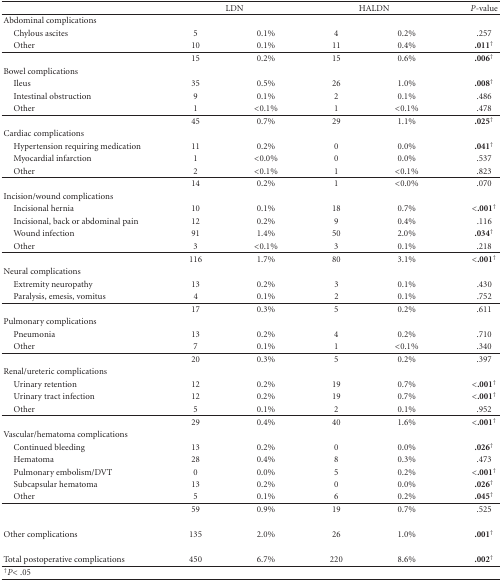
<table><thead><tr><td></td><td colspan="2"><b>LDN</b></td><td colspan="2"><b>HALDN</b></td><td><b><i>P</i>-value</b></td></tr></thead><tbody><tr><td>Abdominal complications</td><td></td><td></td><td></td><td></td><td></td></tr><tr><td> Chylous ascites</td><td>5</td><td>0.1%</td><td>4</td><td>0.2%</td><td>.257</td></tr><tr><td> Other</td><td>10</td><td>0.1%</td><td>11</td><td>0.4%</td><td><b>.011</b><sup>†</sup></td></tr><tr><td></td><td>15</td><td>0.2%</td><td>15</td><td>0.6%</td><td><b>.006</b><sup>†</sup></td></tr><tr><td>Bowel complications</td><td></td><td></td><td></td><td></td><td></td></tr><tr><td> Ileus</td><td>35</td><td>0.5%</td><td>26</td><td>1.0%</td><td><b>.008</b><sup>†</sup></td></tr><tr><td> Intestinal obstruction</td><td>9</td><td>0.1%</td><td>2</td><td>0.1%</td><td>.486</td></tr><tr><td> Other</td><td>1</td><td>&lt;0.1%</td><td>1</td><td>&lt;0.1%</td><td>.478</td></tr><tr><td></td><td>45</td><td>0.7%</td><td>29</td><td>1.1%</td><td><b>.025</b><sup>†</sup></td></tr><tr><td>Cardiac complications</td><td></td><td></td><td></td><td></td><td></td></tr><tr><td> Hypertension requiring medication</td><td>11</td><td>0.2%</td><td>0</td><td>0.0%</td><td><b>.041</b><sup>†</sup></td></tr><tr><td> Myocardial infarction</td><td>1</td><td>&lt;0.0%</td><td>0</td><td>0.0%</td><td>.537</td></tr><tr><td> Other</td><td>2</td><td>&lt;0.1%</td><td>1</td><td>&lt;0.1%</td><td>.823</td></tr><tr><td></td><td>14</td><td>0.2%</td><td>1</td><td>&lt;0.0%</td><td>.070</td></tr><tr><td>Incision/wound complications</td><td></td><td></td><td></td><td></td><td></td></tr><tr><td> Incisional hernia</td><td>10</td><td>0.1%</td><td>18</td><td>0.7%</td><td><b>&lt;.001</b><sup>†</sup></td></tr><tr><td> Incisional, back or abdominal pain</td><td>12</td><td>0.2%</td><td>9</td><td>0.4%</td><td>.116</td></tr><tr><td> Wound infection</td><td>91</td><td>1.4%</td><td>50</td><td>2.0%</td><td><b>.034</b><sup>†</sup></td></tr><tr><td> Other</td><td>3</td><td>&lt;0.1%</td><td>3</td><td>0.1%</td><td>.218</td></tr><tr><td></td><td>116</td><td>1.7%</td><td>80</td><td>3.1%</td><td><b>&lt;.001</b><sup>†</sup></td></tr><tr><td>Neural complications</td><td></td><td></td><td></td><td></td><td></td></tr><tr><td> Extremity neuropathy</td><td>13</td><td>0.2%</td><td>3</td><td>0.1%</td><td>.430</td></tr><tr><td> Paralysis, emesis, vomitus</td><td>4</td><td>0.1%</td><td>2</td><td>0.1%</td><td>.752</td></tr><tr><td></td><td>17</td><td>0.3%</td><td>5</td><td>0.2%</td><td>.611</td></tr><tr><td>Pulmonary complications</td><td></td><td></td><td></td><td></td><td></td></tr><tr><td> Pneumonia</td><td>13</td><td>0.2%</td><td>4</td><td>0.2%</td><td>.710</td></tr><tr><td> Other</td><td>7</td><td>0.1%</td><td>1</td><td>&lt;0.1%</td><td>.340</td></tr><tr><td></td><td>20</td><td>0.3%</td><td>5</td><td>0.2%</td><td>.397</td></tr><tr><td>Renal/ureteric complications</td><td></td><td></td><td></td><td></td><td></td></tr><tr><td> Urinary retention</td><td>12</td><td>0.2%</td><td>19</td><td>0.7%</td><td><b>&lt;.001</b><sup>†</sup></td></tr><tr><td> Urinary tract infection</td><td>12</td><td>0.2%</td><td>19</td><td>0.7%</td><td><b>&lt;.001</b><sup>†</sup></td></tr><tr><td> Other</td><td>5</td><td>0.1%</td><td>2</td><td>0.1%</td><td>.952</td></tr><tr><td></td><td>29</td><td>0.4%</td><td>40</td><td>1.6%</td><td><b>&lt;.001</b><sup>†</sup></td></tr><tr><td>Vascular/hematoma complications</td><td></td><td></td><td></td><td></td><td></td></tr><tr><td> Continued bleeding</td><td>13</td><td>0.2%</td><td>0</td><td>0.0%</td><td><b>.026</b><sup>†</sup></td></tr><tr><td> Hematoma</td><td>28</td><td>0.4%</td><td>8</td><td>0.3%</td><td>.473</td></tr><tr><td> Pulmonary embolism/DVT</td><td>0</td><td>0.0%</td><td>5</td><td>0.2%</td><td><b>&lt;.001</b><sup>†</sup></td></tr><tr><td> Subcapsular hematoma</td><td>13</td><td>0.2%</td><td>0</td><td>0.0%</td><td><b>.026</b><sup>†</sup></td></tr><tr><td> Other</td><td>5</td><td>0.1%</td><td>6</td><td>0.2%</td><td><b>.045</b><sup>†</sup></td></tr><tr><td></td><td>59</td><td>0.9%</td><td>19</td><td>0.7%</td><td>.525</td></tr><tr><td>Other complications</td><td>135</td><td>2.0%</td><td>26</td><td>1.0%</td><td><b>.001</b><sup>†</sup></td></tr><tr><td>Total postoperative complications</td><td>450</td><td>6.7%</td><td>220</td><td>8.6%</td><td><b>.002</b><sup>†</sup></td></tr><tr><td><sup>†</sup><i>P</i> &lt; .05</td><td></td><td></td><td></td><td></td><td></td></tr></tbody></table>